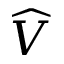
\widehat { V }